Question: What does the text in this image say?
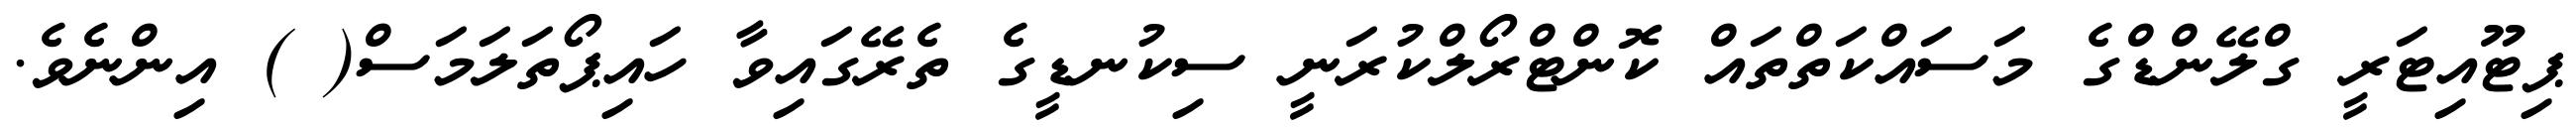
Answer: ޕިޓޫއިޓަރީ ގްލޭންޑްގެ މަސައްކަތްތައް ކޮންޓްރޯލްކުރަނީ ސިކުނޑީގެ ތެރޭގައިވާ ހައިޕޯތަލަމަސް( ) އިންނެވެ.